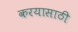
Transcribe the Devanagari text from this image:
करयासाठी